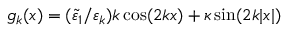
g _ { k } ( x ) = ( \tilde { \varepsilon } _ { 1 } / \varepsilon _ { k } ) k \cos ( 2 k x ) + \kappa \sin ( 2 k | x | )